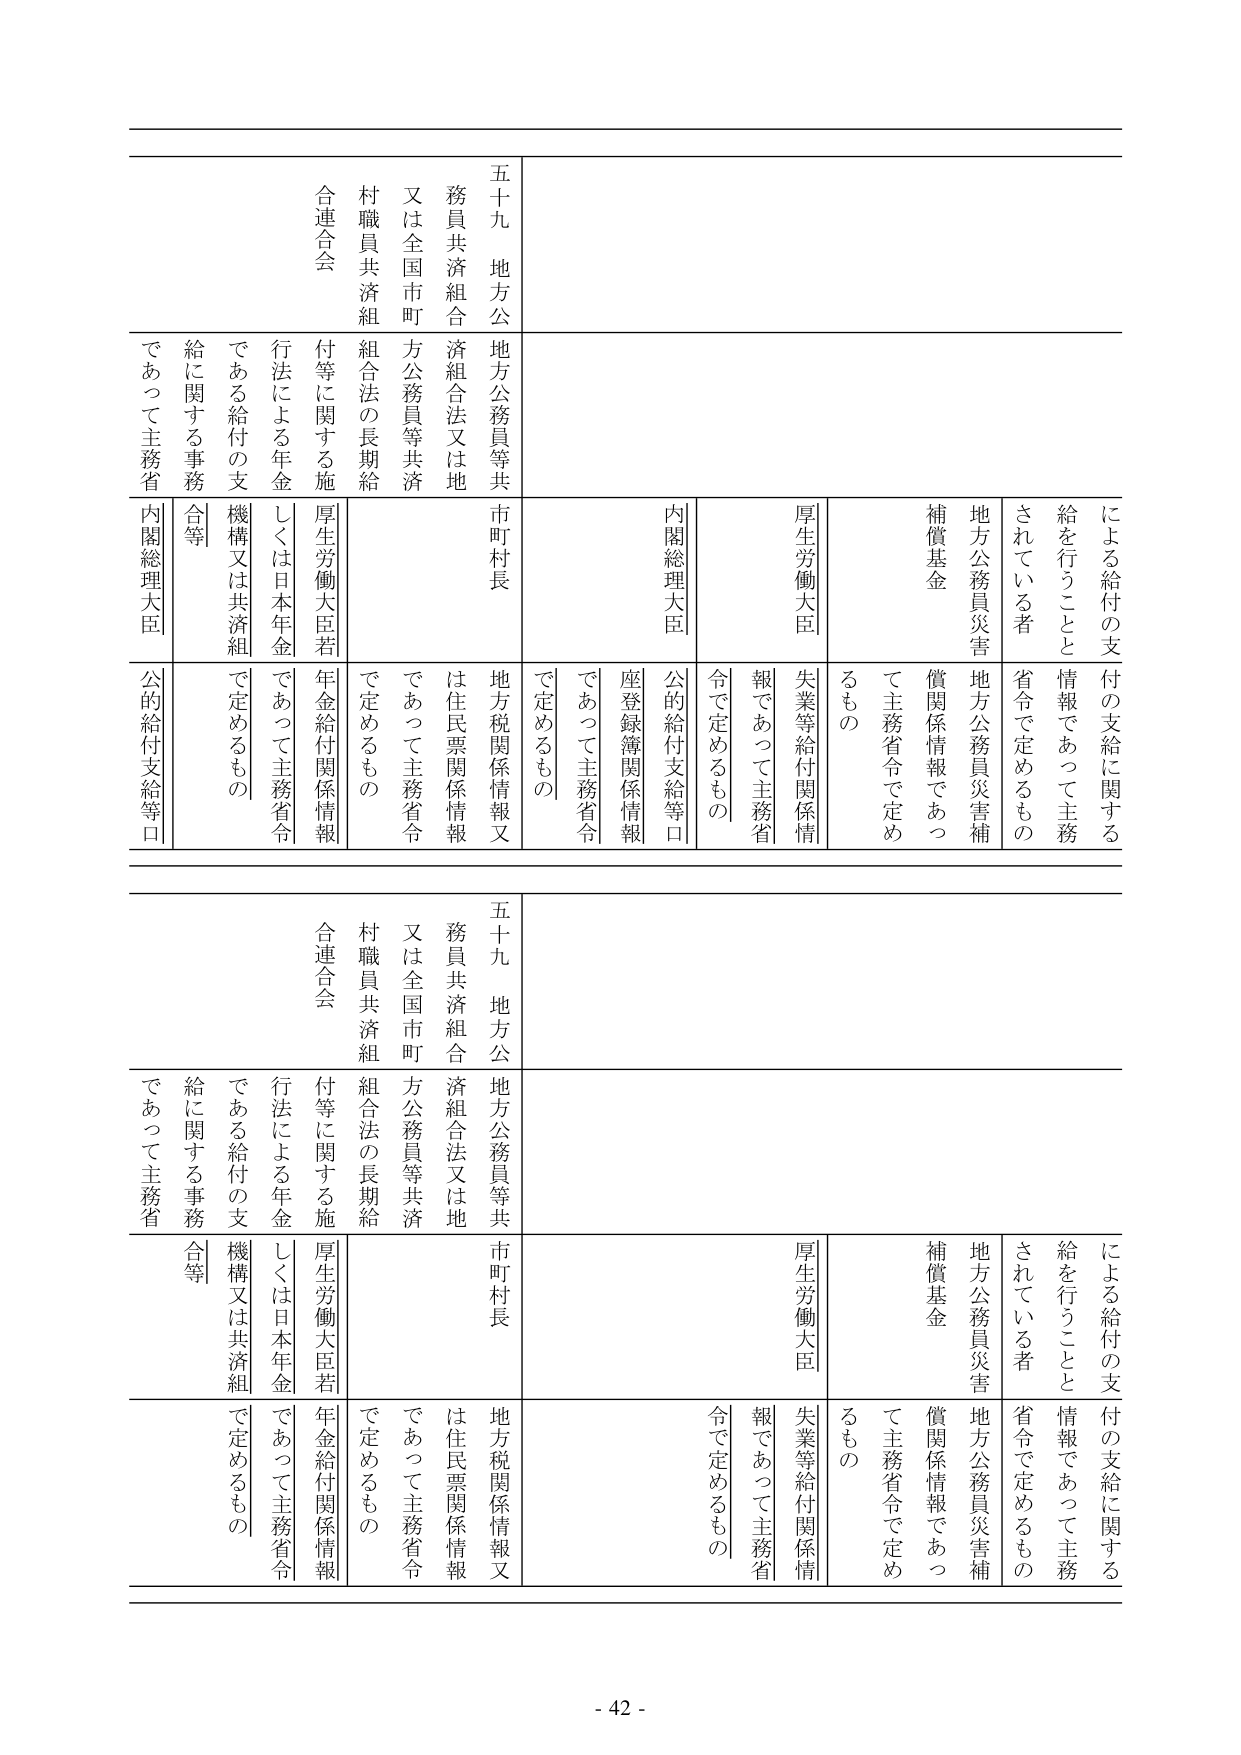
による給付の支
付の支給に関する
給を行つことと
情報であつて主務
されている者
省令で定めるもの
地方公務員災害
補償基金
地方公務員災害補
償関係情報であつ
て主務省令で定め
るもの
厚生労働大臣
失業等給付関係情
報であつて主務省
令で定めるもの
内閣総理大臣
公的給付支給等口
座登録簿関係情報
であつて主務省令
で定めるもの
五十九 地方公
務員共済組合
地方公務員等共
市町村長
地方税関係情報又
は住民票関係情報
であつて主務省令
で定めるもの
又は全国市町
方公務員等共済
組合法の長期給
付等に関する施
行法による年金
しくは日本年金
機構又は共済組
合等
で定めるもの
給に関する事務
であつて主務省
内閣総理大臣
公的給付支給等口

による給付の支
付の支給に関する
給を行つことと
情報であつて主務
されている者
省令で定めるもの
地方公務員災害
補償基金
地方公務員災害補
償関係情報であつ
て主務省令で定め
るもの
厚生労働大臣
失業等給付関係情
報であつて主務省
令で定めるもの
内閣総理大臣
公的給付支給等口
座登録簿関係情報
であつて主務省令
で定めるもの
五十九 地方公
務員共済組合
地方公務員等共
市町村長
地方税関係情報又
は住民票関係情報
であつて主務省令
で定めるもの
又は全国市町
方公務員等共済
組合法の長期給
付等に関する施
行法による年金
しくは日本年金
機構又は共済組
合等
で定めるもの
給に関する事務
であつて主務省

- 42 -